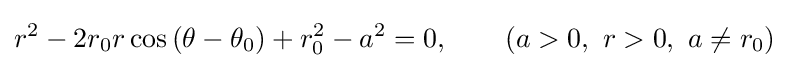
r^{2}-2r_{0}r\cos \left(\theta -\theta _{0}\right)+r_{0}^{2}-a^{2}=0,\qquad (a>0,\ r>0,\ a\neq r_{0})